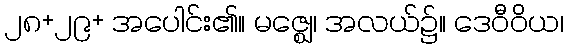
၂၈+၂၉+ အပေါင်း၏။ မဇ္ဈေ၊ အလယ်၌။ ဒေဝီဝိယ၊